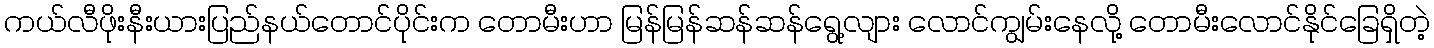
ကယ်လီဖိုးနီးယားပြည်နယ်တောင်ပိုင်းက တောမီးဟာ မြန်မြန်ဆန်ဆန်ရွေ့လျား လောင်ကျွမ်းနေလို့ တောမီးလောင်နိုင်ခြေရှိတဲ့